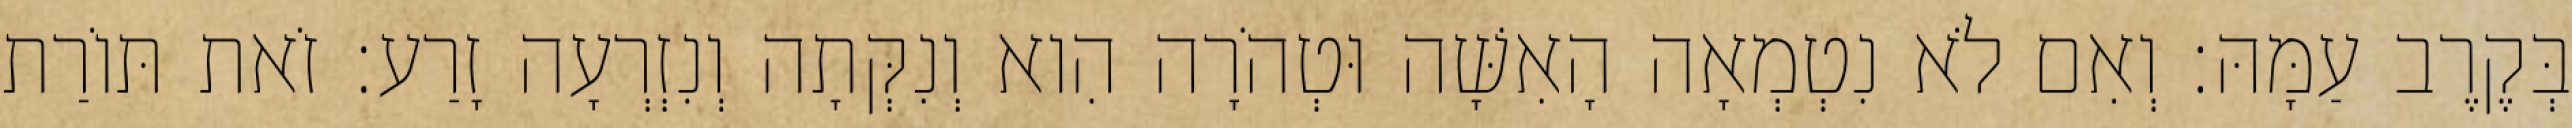
בְּקֶרֶב עַמָּהּ׃ וְאִם לֹא נִטְמְאָה הָאִשָּׁה וּטְהֹרָה הִוא וְנִקְּתָה וְנִזְרְעָה זָרַע׃ זֹאת תּוֹרַת